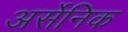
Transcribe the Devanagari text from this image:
अर्सेनिक